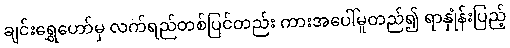
ချင်းရွှေဟော်မှ လက်ရည်တစ်ပြင်တည်း ကားအပေါ်မူတည်၍ ရာနှုံန်းပြည့်